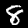
Label: 8